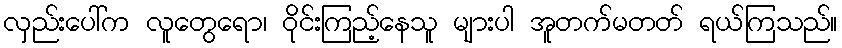
လှည်းပေါ်က လူတွေရော၊ ဝိုင်းကြည့်နေသူ များပါ အူတက်မတတ် ရယ်ကြသည်။